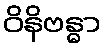
ဝိနိဗန္ဓာ